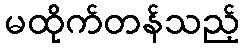
မထိုက်တန်သည့်